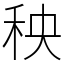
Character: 秧